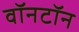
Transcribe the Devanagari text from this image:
वॉनटॉन